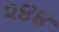
૨૪૪